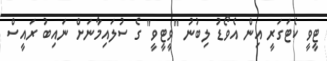
ޓީވީ ކެޓަގަރީ އިން އެވޯޑު ލިބުނު "ވީޓީވީ" ގެ ސުލައިމާނަށް ނައިބު ރައީސް